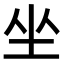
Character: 坐